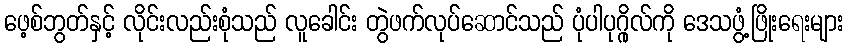
ဖေ့စ်ဘွတ်နှင့် လိုင်းလည်းစုံသည် လူခေါင်း တွဲဖက်လုပ်ဆောင်သည် ပုံပါပုဂ္ဂိုလ်ကို ဒေသဖွံ့ဖြိုးရေးများ